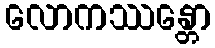
လောကဿန္တော